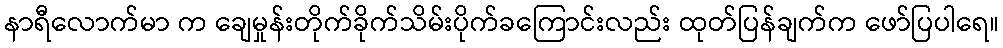
နာရီလောက်မာ က ချေမှုန်းတိုက်ခိုက်သိမ်းပိုက်ခကြောင်းလည်း ထုတ်ပြန်ချက်က ဖော်ပြပါရေ။